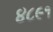
૪૮૯૧